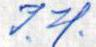
I. H.